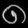
Digit: ၈